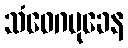
သံဝေဂမုခေန